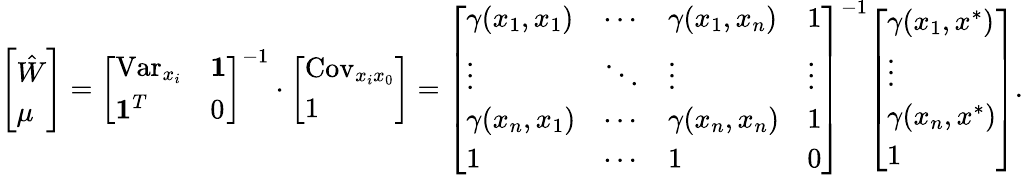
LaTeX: {\left[\begin{array}{l}{{\hat{W}}}\\ {\mu}\end{array}\right]}={\left[\begin{array}{ll}{\operatorname{Var}_{x_{i}}}&{\mathbf{1}}\\ {\mathbf{1}^{T}}&{0}\end{array}\right]}^{-1}\cdot{\left[\begin{array}{l}{\operatorname{Cov}_{x_{i}x_{0}}}\\ {1}\end{array}\right]}={\left[\begin{array}{llll}{\gamma(x_{1},x_{1})}&{\cdots}&{\gamma(x_{1},x_{n})}&{1}\\ {\vdots}&{\ddots}&{\vdots}&{\vdots}\\ {\gamma(x_{n},x_{1})}&{\cdots}&{\gamma(x_{n},x_{n})}&{1}\\ {1}&{\cdots}&{1}&{0}\end{array}\right]}^{-1}{\left[\begin{array}{l}{\gamma(x_{1},x^{*})}\\ {\vdots}\\ {\gamma(x_{n},x^{*})}\\ {1}\end{array}\right]}.